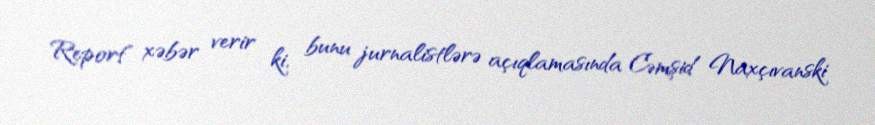
Report" xəbər verir ki, bunu jurnalistlərə açıqlamasında Cəmşid Naxçıvanski